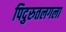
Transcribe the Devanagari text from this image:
पिदुरुतलगला